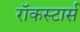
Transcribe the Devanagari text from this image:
रॉकस्टार्स